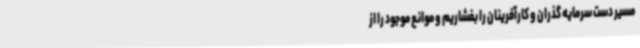
مسیر دست سرمایه گذران و کارآفرینان را بفشاریم و موانع موجود را از